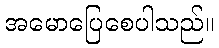
အမောပြေစေပါသည်။